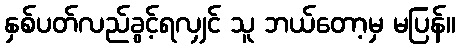
နှစ်ပတ်လည်ခွင့်ရလျှင် သူ ဘယ်တော့မှ မပြန်။